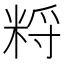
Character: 𥹽